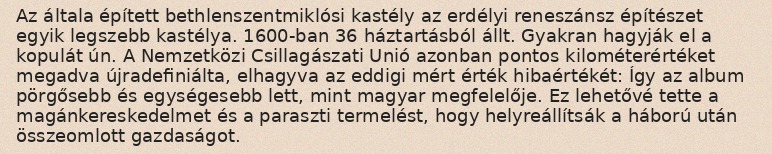
Az általa épített bethlenszentmiklósi kastély az erdélyi reneszánsz építészet egyik legszebb kastélya. 1600-ban 36 háztartásból állt. Gyakran hagyják el a kopulát ún. A Nemzetközi Csillagászati Unió azonban pontos kilométerértéket megadva újradefiniálta, elhagyva az eddigi mért érték hibaértékét: Így az album pörgősebb és egységesebb lett, mint magyar megfelelője. Ez lehetővé tette a magánkereskedelmet és a paraszti termelést, hogy helyreállítsák a háború után összeomlott gazdaságot.